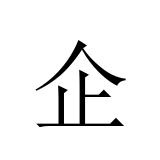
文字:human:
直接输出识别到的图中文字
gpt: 企